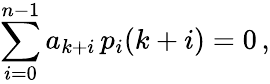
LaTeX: \sum_{i=0}^{n-1}a_{k+i}\, p_{i}(k+i)=0\, ,